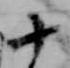
十